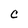
Character: C